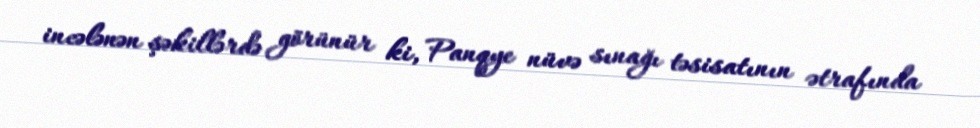
incələnən şəkillərdə görünür ki, Panqye nüvə sınağı təsisatının ətrafında